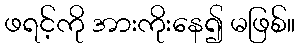
ဖရင့်ကို အားကိုးနေ၍ မဖြစ်။